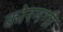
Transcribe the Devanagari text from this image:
कोरनगी